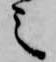
之